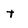
Character: t